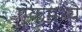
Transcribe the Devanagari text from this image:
एकमध्ये